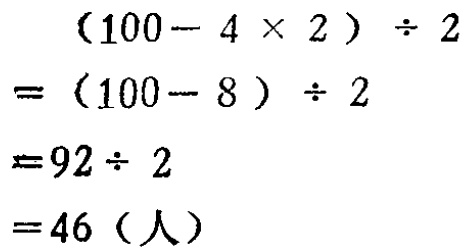
\[
\begin{align*}
&(100 - 4\times2)\div2\\
=&(100 - 8)\div2\\
=&92\div2\\
=&46 (\text{人})
\end{align*}
\]